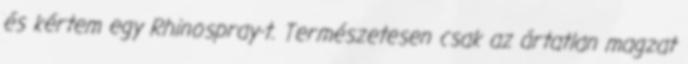
és kértem egy Rhinospray-t. Természetesen csak az ártatlan magzat